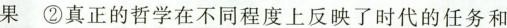
果②真正的哲学在不同程度上反映了时代的任务和